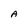
Character: A